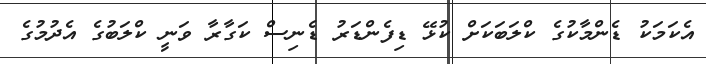
އެކަމަކު ޑެންމާކުގެ ކްލަބަކަށް ކުޅޭ ޑިފެންޑަރު ޑެނިސް ކަގާރާ ވަނީ ކްލަބުގެ އެދުމުގެ